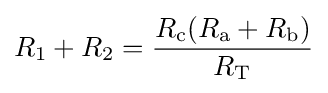
R_{1}+R_{2}={\frac {R_{\text{c}}(R_{\text{a}}+R_{\text{b}})}{R_{\text{T}}}}